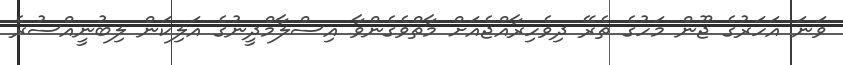
ވަނަ އަހަރުގެ ޖޫން މަހުގެ ތެރޭ ދިވެހިރާއްޖެއަށް މާތްވެގެންވާ އިސްލާމްދީނުގެ އަލިކަން ލިބުނީއްސުރެ